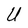
Character: U